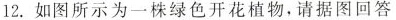
12.如图所示为一株绿色开花植物，请据图回答